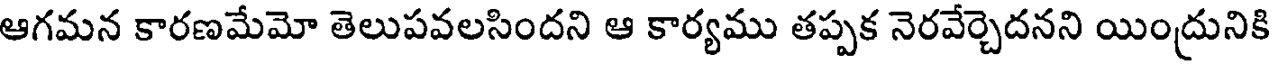
ఆగమన కారణమేమో తెలుపవలసిందని ఆ కార్యము తప్పక నెరవేర్చెదనని యింద్రునికి